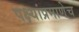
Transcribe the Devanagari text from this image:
पक्ष्यांप्रमाणेच